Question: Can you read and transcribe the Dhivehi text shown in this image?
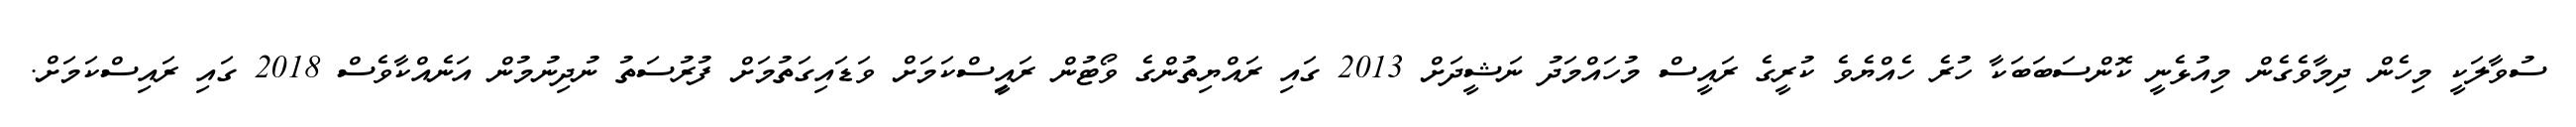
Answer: ސުވާލަކީ މިހެން ދިމާވެގެން މިއުޅެނީ ކޮންސަބަބަކާ ހުރެ ހެއްޔެވެ ކުރީގެ ރައީސް މުހައްމަދު ނަޝީދަށް 2013 ގައި ރައްޔިތުންގެ ވޯޓުން ރައިީސްކަމަށް ވަޑައިގަތުމަށް ފުރުސަތު ނުދިނުމުން އަނެއްކާވެސް 2018 ގައި ރައިސްކަމަށް.